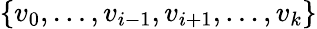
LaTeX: \left\{ v_{0},\dots,v_{i-1},v_{i+1},\dots,v_{k}\right\}